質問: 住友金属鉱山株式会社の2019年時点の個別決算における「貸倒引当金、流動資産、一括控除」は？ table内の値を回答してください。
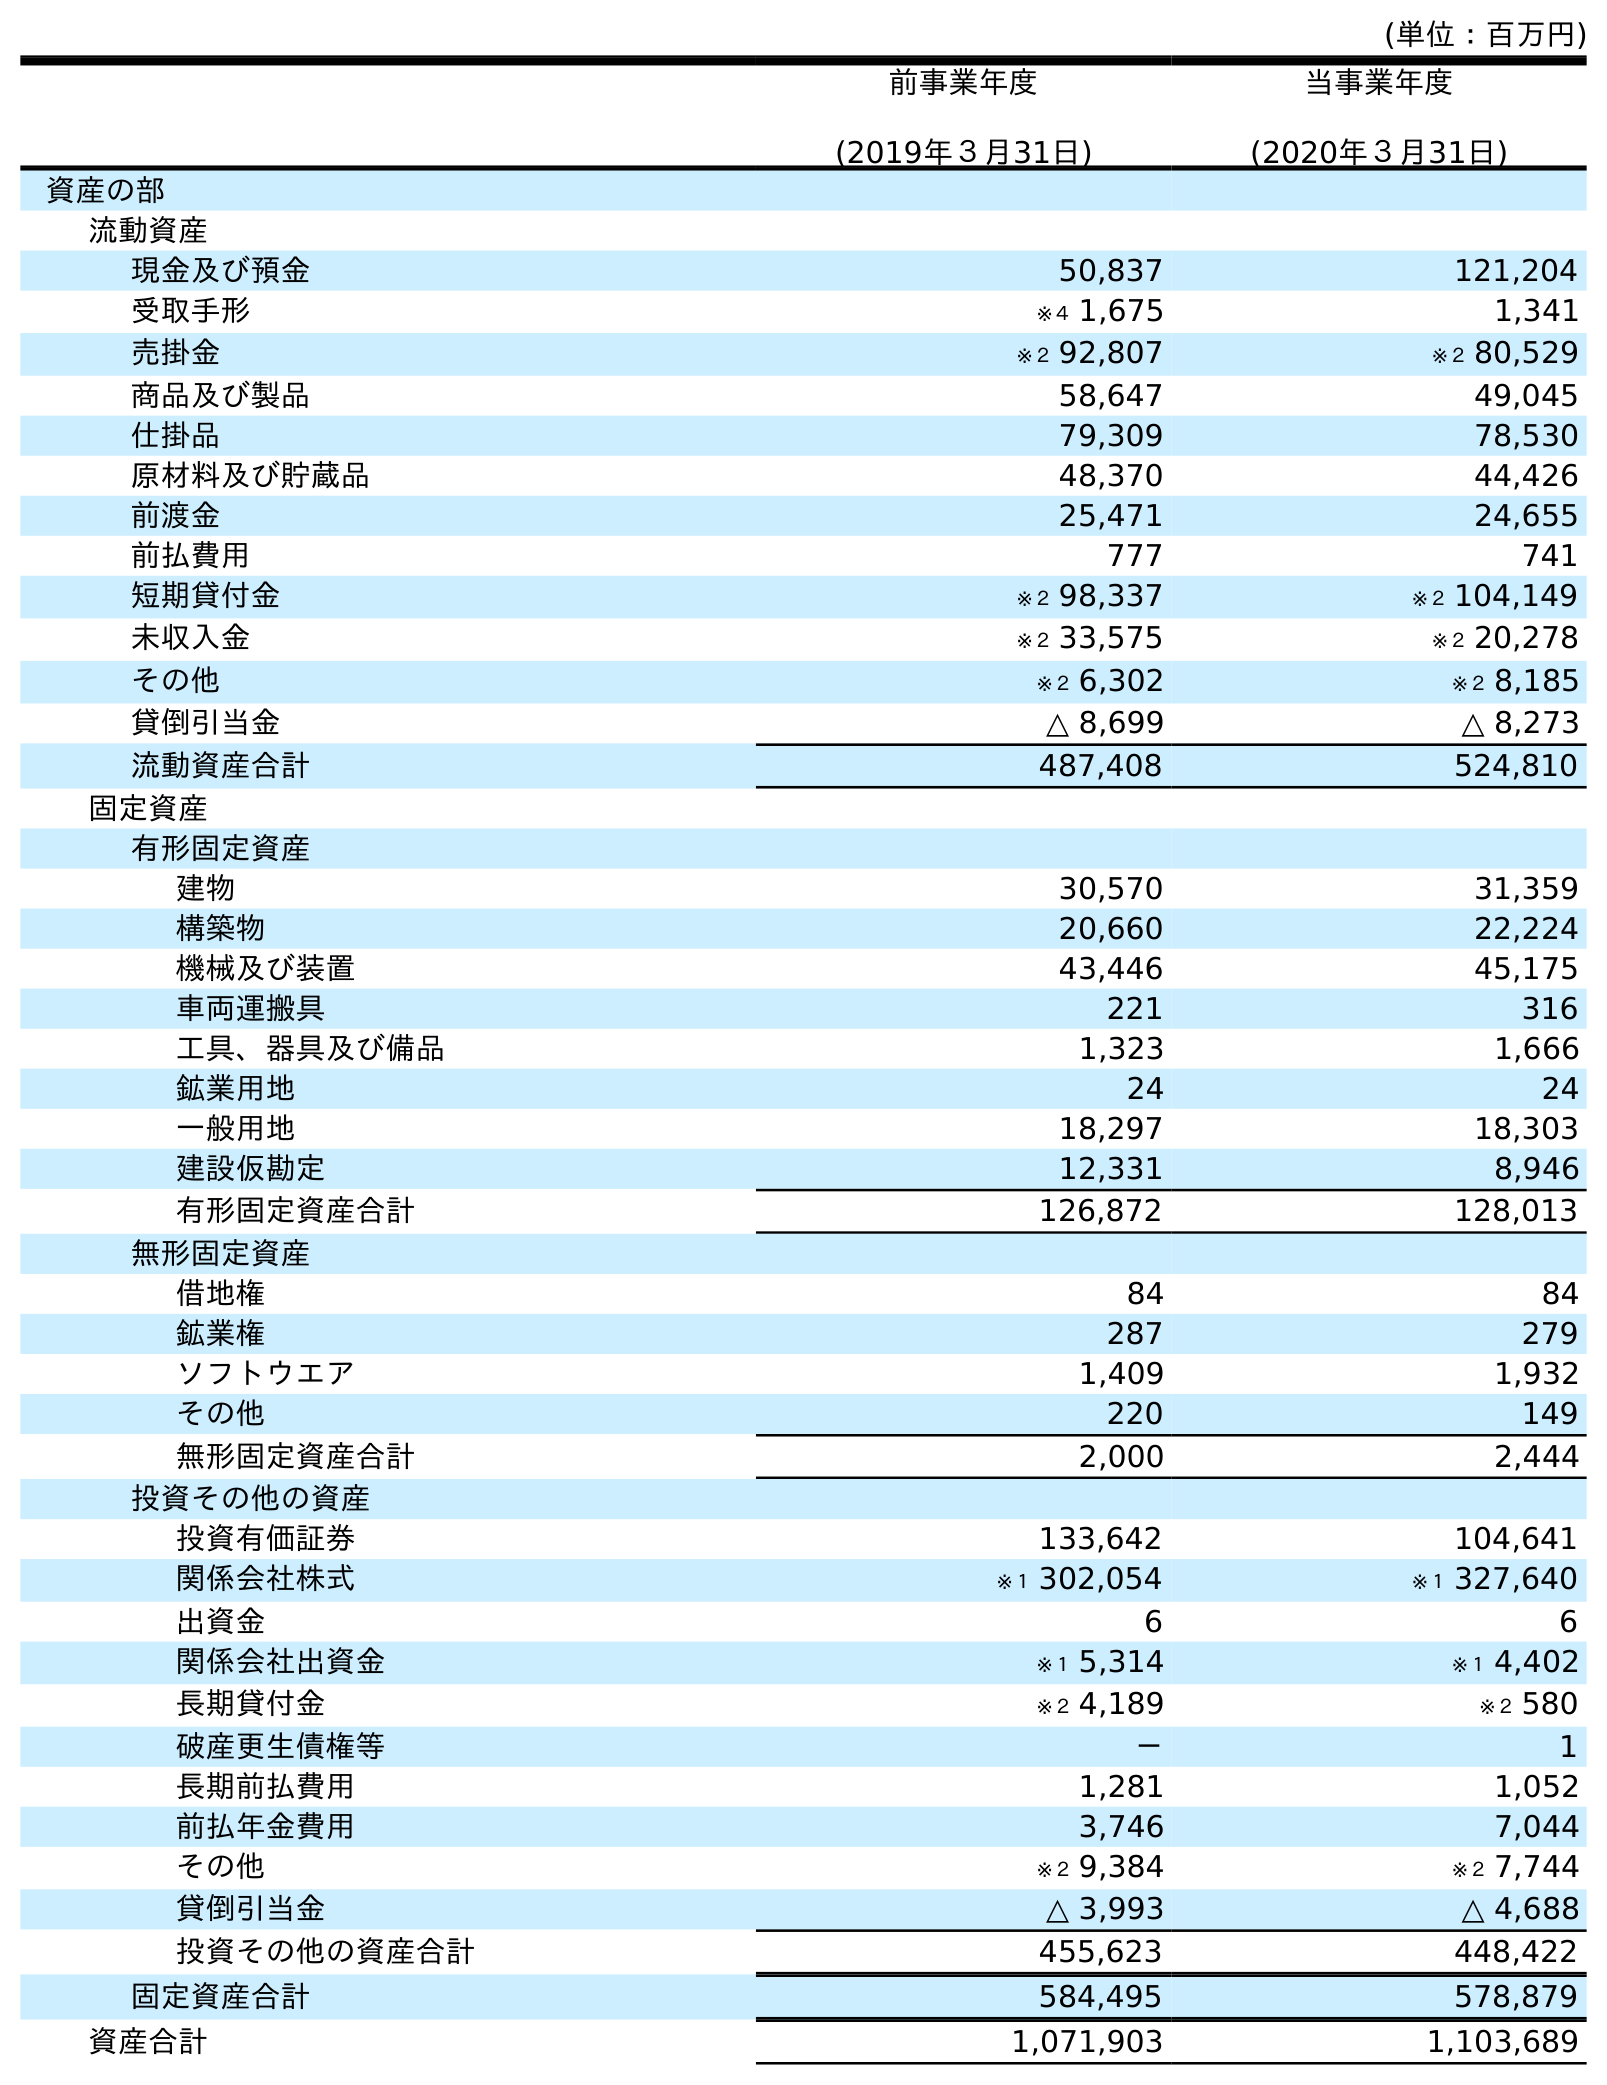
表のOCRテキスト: (単位：百万円) 前事業年度 (2019年３月31日) 当事業年度 (2020年３月31日) 資産の部 流動資産 現金及び預金 50,837 121,204 受取手形 ※４ 1,675 1,341 売掛金 ※２ 92,807 ※２ 80,529 商品及び製品 58,647 49,045 仕掛品 79,309 78,530 原材料及び貯蔵品 48,370 44,426 前渡金 25,471 24,655 前払費用 777 741 短期貸付金 ※２ 98,337 ※２ 104,149 未収入金 ※２ 33,575 ※２ 20,278 その他 ※２ 6,302 ※２ 8,185 貸倒引当金 △ 8,699 △ 8,273 流動資産合計 487,408 524,810 固定資産 有形固定資産 建物 30,570 31,359 構築物 20,660 22,224 機械及び装置 43,446 45,175 車両運搬具 221 316 工具、器具及び備品 1,323 1,666 鉱業用地 24 24 一般用地 18,297 18,303 建設仮勘定 12,331 8,946 有形固定資産合計 126,872 128,013 無形固定資産 借地権 84 84 鉱業権 287 279 ソフトウエア 1,409 1,932 その他 220 149 無形固定資産合計 2,000 2,444 投資その他の資産 投資有価証券 133,642 104,641 関係会社株式 ※１ 302,054 ※１ 327,640 出資金 6 6 関係会社出資金 ※１ 5,314 ※１ 4,402 長期貸付金 ※２ 4,189 ※２ 580 破産更生債権等 － 1 長期前払費用 1,281 1,052 前払年金費用 3,746 7,044 その他 ※２ 9,384 ※２ 7,744 貸倒引当金 △ 3,993 △ 4,688 投資その他の資産合計 455,623 448,422 固定資産合計 584,495 578,879 資産合計 1,071,903 1,103,689
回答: △8,699